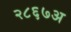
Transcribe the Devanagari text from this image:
२८६७अ